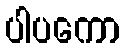
ပါပကော